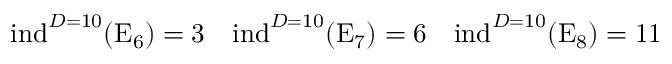
\mathrm { i n d } ^ { D = 1 0 } ( \mathrm { E } _ { 6 } ) = 3 \quad \mathrm { i n d } ^ { D = 1 0 } ( \mathrm { E } _ { 7 } ) = 6 \quad \mathrm { i n d } ^ { D = 1 0 } ( \mathrm { E } _ { 8 } ) = 1 1